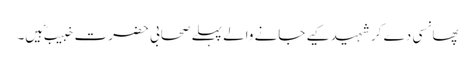
پھانسی دے کر شہید کیے جانے والے پہلے صحابی حضرت خبیب ؓ ہیں۔